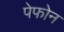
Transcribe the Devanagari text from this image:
पेफोन